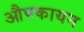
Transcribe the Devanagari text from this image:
औपकायन